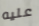
عليه